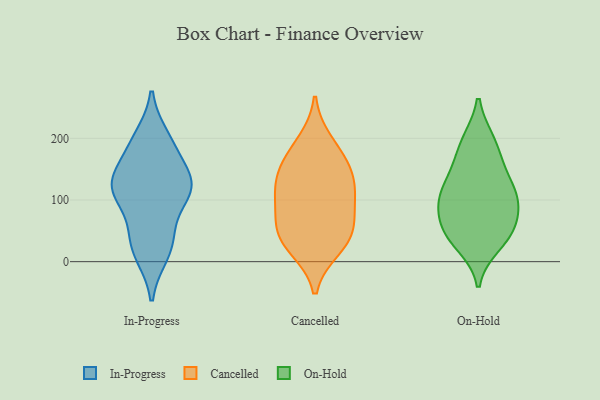
{"axis": {"x": "Customer Acquisition Cost (USD)", "y": "Value"}, "legend": ["Cancelled", "In-Progress", "On-Hold"], "data": [{"x": "", "y": 117, "type": "In-Progress"}, {"x": "", "y": 41, "type": "In-Progress"}, {"x": "", "y": 111, "type": "In-Progress"}, {"x": "", "y": 140, "type": "In-Progress"}, {"x": "", "y": 187, "type": "In-Progress"}, {"x": "", "y": 200, "type": "In-Progress"}, {"x": "", "y": 121, "type": "In-Progress"}, {"x": "", "y": 188, "type": "In-Progress"}, {"x": "", "y": 50, "type": "In-Progress"}, {"x": "", "y": 13, "type": "In-Progress"}, {"x": "", "y": 18, "type": "In-Progress"}, {"x": "", "y": 124, "type": "In-Progress"}, {"x": "", "y": 119, "type": "In-Progress"}, {"x": "", "y": 123, "type": "In-Progress"}, {"x": "", "y": 151, "type": "Cancelled"}, {"x": "", "y": 170, "type": "Cancelled"}, {"x": "", "y": 112, "type": "Cancelled"}, {"x": "", "y": 141, "type": "Cancelled"}, {"x": "", "y": 28, "type": "Cancelled"}, {"x": "", "y": 52, "type": "Cancelled"}, {"x": "", "y": 22, "type": "Cancelled"}, {"x": "", "y": 116, "type": "Cancelled"}, {"x": "", "y": 48, "type": "Cancelled"}, {"x": "", "y": 100, "type": "Cancelled"}, {"x": "", "y": 194, "type": "Cancelled"}, {"x": "", "y": 68, "type": "Cancelled"}, {"x": "", "y": 195, "type": "On-Hold"}, {"x": "", "y": 40, "type": "On-Hold"}, {"x": "", "y": 195, "type": "On-Hold"}, {"x": "", "y": 118, "type": "On-Hold"}, {"x": "", "y": 28, "type": "On-Hold"}, {"x": "", "y": 100, "type": "On-Hold"}, {"x": "", "y": 158, "type": "On-Hold"}, {"x": "", "y": 107, "type": "On-Hold"}, {"x": "", "y": 103, "type": "On-Hold"}, {"x": "", "y": 44, "type": "On-Hold"}, {"x": "", "y": 61, "type": "On-Hold"}, {"x": "", "y": 147, "type": "On-Hold"}, {"x": "", "y": 57, "type": "On-Hold"}, {"x": "", "y": 92, "type": "On-Hold"}]}